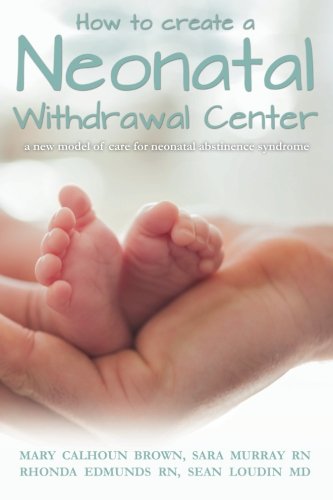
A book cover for How to create a Neonatal Withdrawal Center: a new model of care for ??neonatal abstinence syndrome; Mary Calhoun Brown; Business & Money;